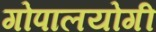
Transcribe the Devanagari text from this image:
गोपालयोगी